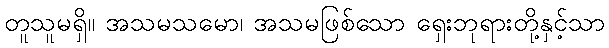
တူသူမရှိ။ အသမသမော၊ အသမဖြစ်သော ရှေးဘုရားတို့နှင့်သာ